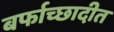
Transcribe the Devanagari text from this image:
बर्फाच्छादीत